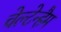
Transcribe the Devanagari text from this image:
चेल्टेन्हैम